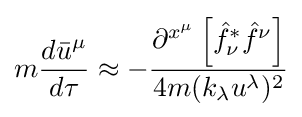
m{\frac {d{\bar {u}}^{\mu }}{d\tau }}\approx -{\frac {\partial ^{x^{\mu }}\left[{\hat {f}}_{\nu }^{*}{\hat {f}}^{\nu }\right]}{4m(k_{\lambda }u^{\lambda })^{2}}}